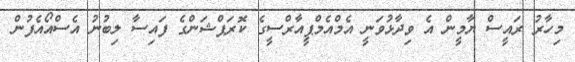
މިހާރު ރައީސް ޔާމީން އެ ވިދާޅުވަނީ އެމްއެމްޕީއާރްސީގެ ކޮރަޕްޝަންގެ ފައިސާ ލިބުނު އެސްއޯއެފުން